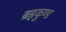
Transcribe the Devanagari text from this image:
ब्रहृकुण्ड